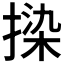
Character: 𫽦